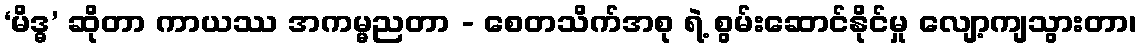
‘မိဒ္ဓ’ ဆိုတာ ကာယဿ အကမ္မညတာ - စေတသိက်အစု ရဲ့ စွမ်းဆောင်နိုင်မှု လျော့ကျသွားတာ၊